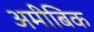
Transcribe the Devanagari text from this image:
अमीबिक